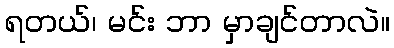
ရတယ်၊ မင်း ဘာ မှာချင်တာလဲ။